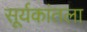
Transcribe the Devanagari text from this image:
सूर्यकांतला